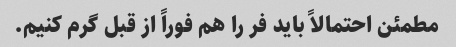
مطمئن احتمالاً باید فر را هم فوراً از قبل گرم کنیم.